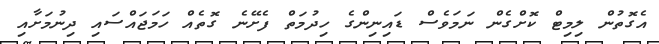
އެގޮތުން ލިމިޓް ކޮށްގެން ނަމަވެސް ޑައިނިންގެ ހިދުމަތް ފެށޭނެ ގޮތެއް ހަމަޖައްސައި ދިނުމަށާއި